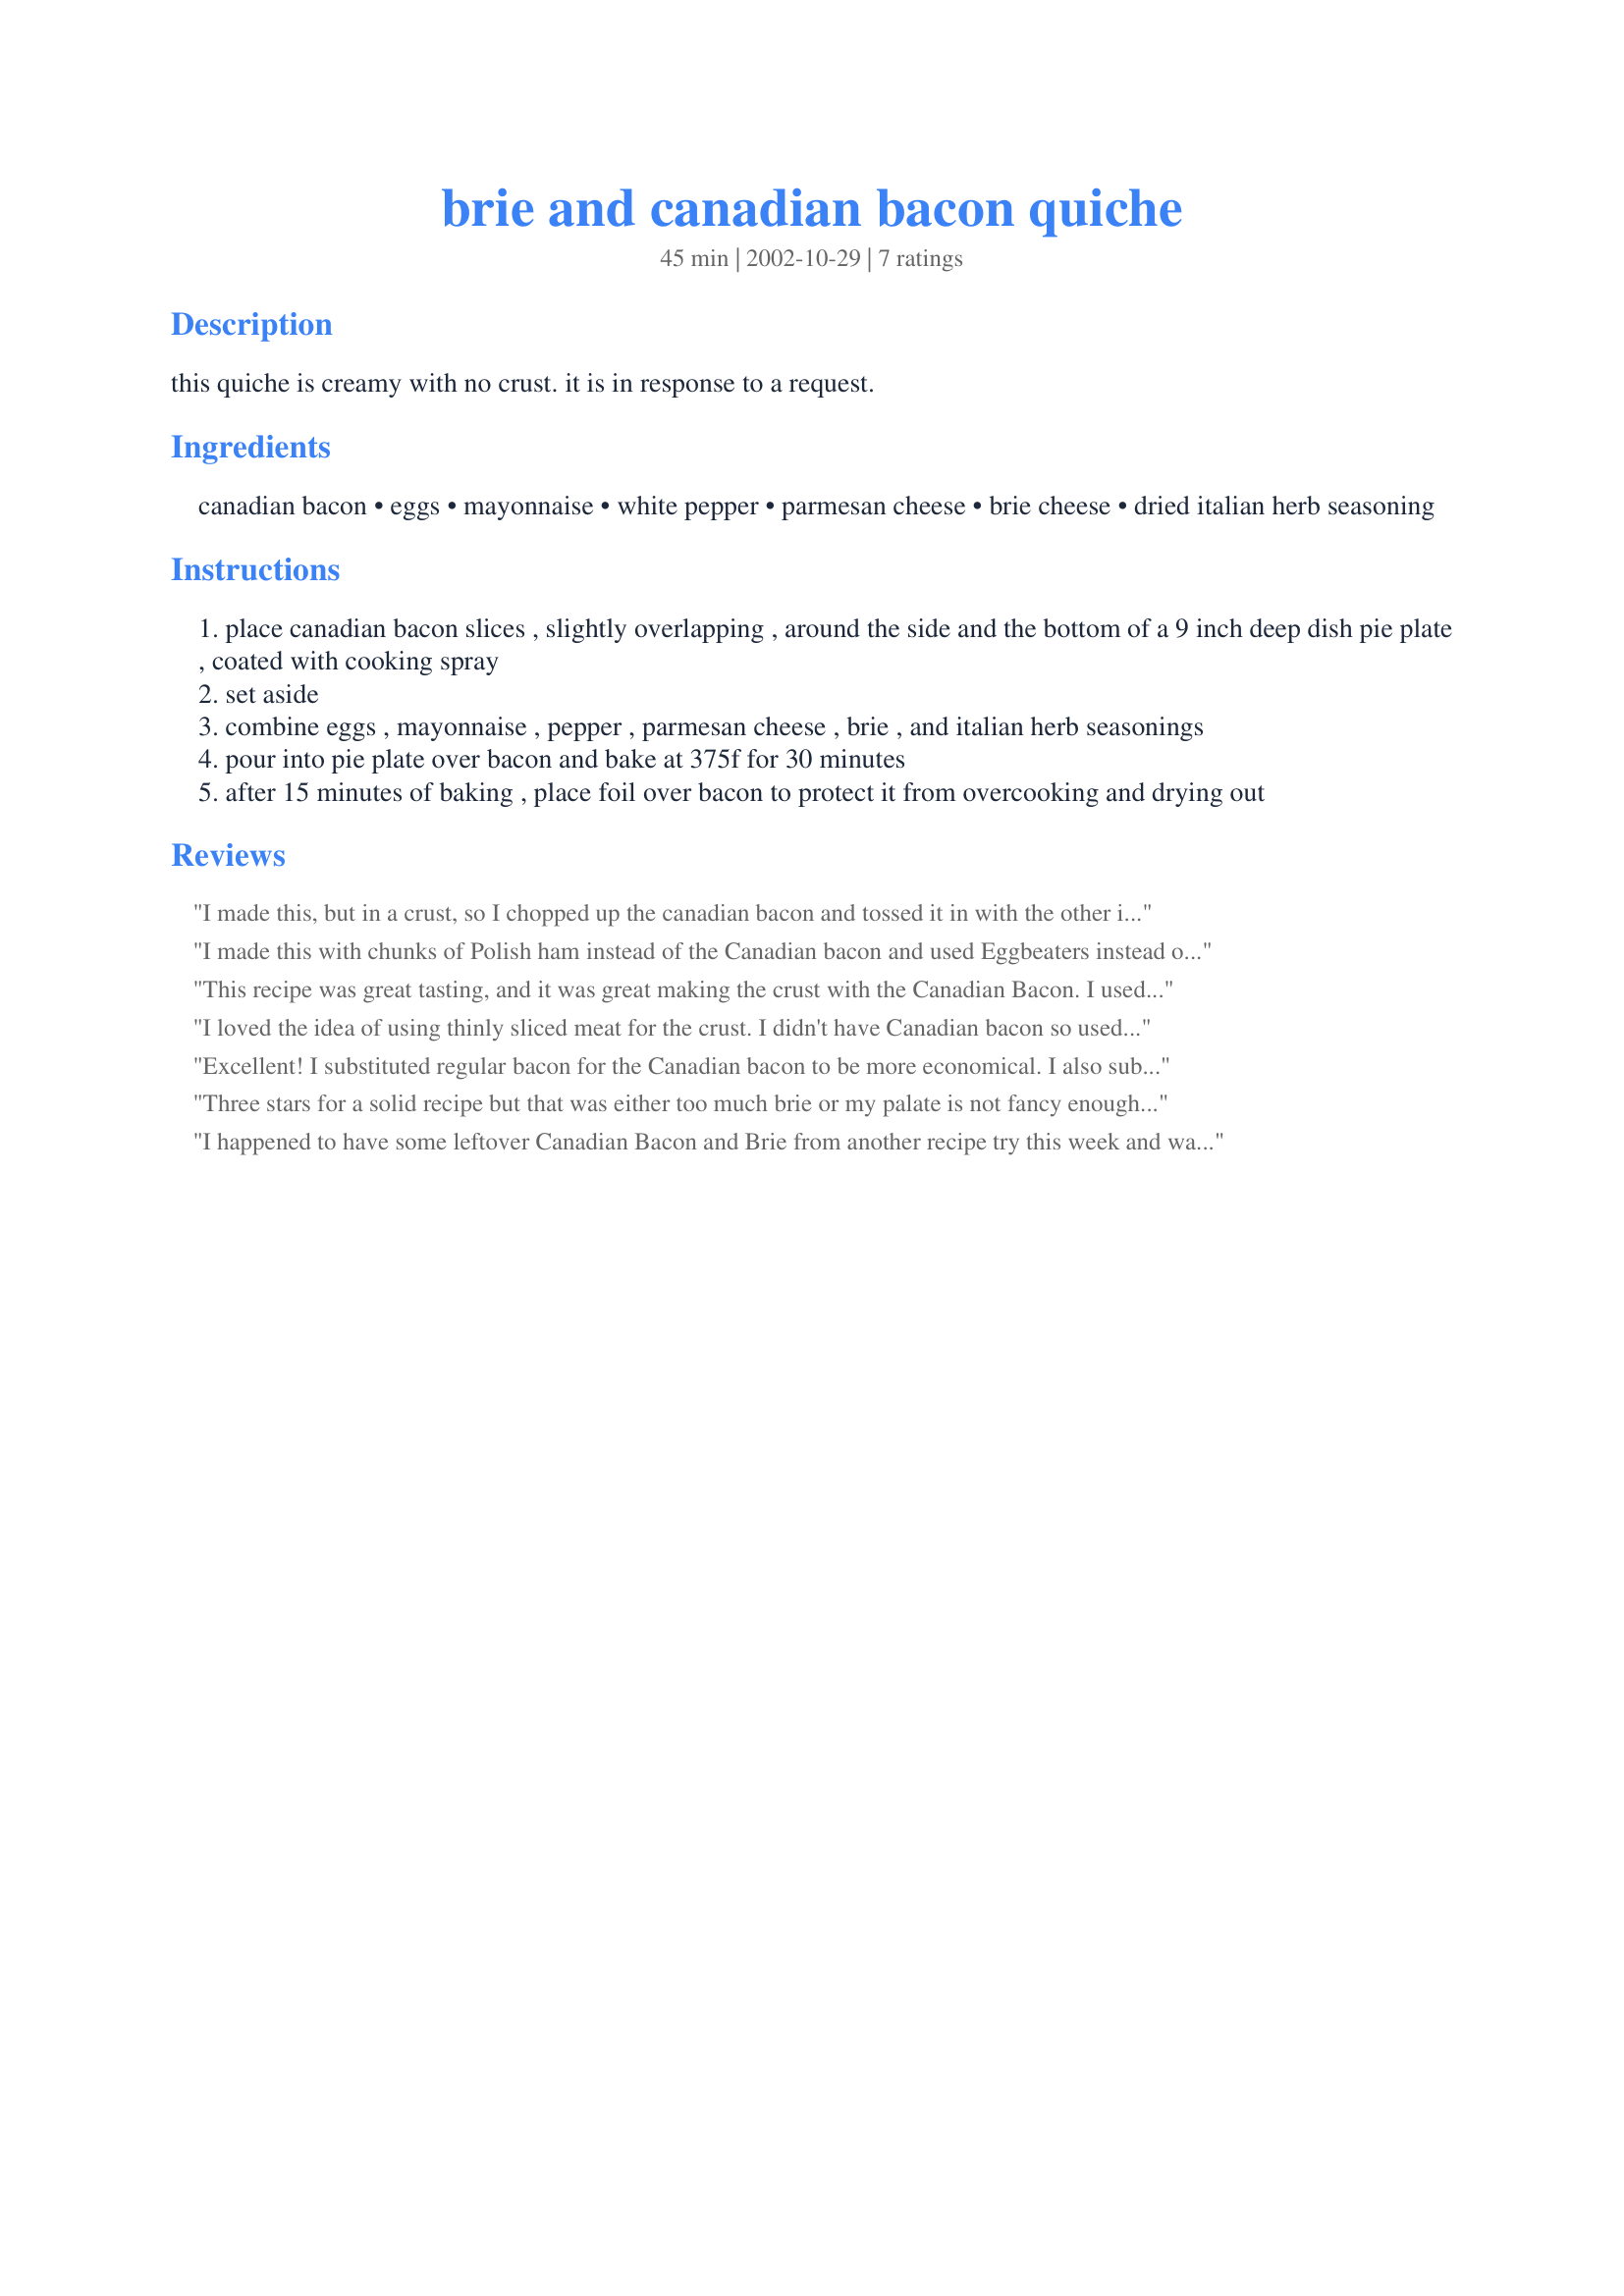
brie and canadian bacon quiche
Preparation time: 45 minutes

this quiche is creamy with no crust. it is in response to a request.

Ingredients:
canadian bacon, eggs, mayonnaise, white pepper, parmesan cheese, brie cheese, dried italian herb seasoning

Steps:
place canadian bacon slices , slightly overlapping , around the side and the bottom of a 9 inch deep dish pie plate , coated with cooking spray
set aside
combine eggs , mayonnaise , pepper , parmesan cheese , brie , and italian herb seasonings
pour into pie plate over bacon and bake at 375f for 30 minutes
after 15 minutes of baking , place foil over bacon to protect it from overcooking and drying out

Reviews:
I made this, but in a crust, so I chopped up the canadian bacon and tossed it in with the other ingredients. A very manly quiche, very rich, very pretty. I used a French cheese called Couloummiers, a cousin to brie and found it much easier and less messy to break it up with my fingers than to cube with a knife. Very nice quiche.
I made this with chunks of Polish ham instead of the Canadian bacon and used Eggbeaters instead of eggs and 1/4 cup mayonnaise since I have to watch my cholesterol. Otherwise I left the recipe as is. We loved this. My husband, who doesn't usually have seconds of anything, asked for a second helping, so it must have been good!
This recipe was great tasting, and it was great making the crust with the Canadian Bacon. I used a smaller pie plate and used 8 pieces of Canadian Bacon; 5 eggs; 1/4 cup Miracle Whip; 1/4 cup Parmesan and 2 ozs. of Feta. Will definitely make this again.
I loved the idea of using thinly sliced meat for the crust. I didn't have Canadian bacon so used deli pastrami and otherwise followed the instructions. The quiche was delicious with a set center yet creamy taste. I was amazed that the meat/crust didn't get dried out but stayed moist and fork tender. Thanks for a great recipe. Next time I may add a little cooked sausage to the quiche, especially if serving to men.
Excellent! I substituted regular bacon for the Canadian bacon to be more economical. I also substituted feta for the brie cheese, since I already had feta in the house. It turned out great and looked beautiful -- perfectly browned. I plan on trying it again some time with brie. Definitely a keeper!
Three stars for a solid recipe but that was either too much brie or my palate is not fancy enough. Well I had never had brie before and I thought this would be delicious, given the parmesean and canadian bacon, but the brie was way too overpowering and made the whole thing taste sour. and not a good sour. next time i will leave out the brie and use parmesean and asiago, since i know those two cheeses go well together and have a sharper taste instead of sour
I happened to have some leftover Canadian Bacon and Brie from another recipe try this week and was looking for a recipe to use it in. This fit the bill, with the exact amount I had leftover. I liked the idea of the crust, but was kind of iffy on the whole brie thing. Maybe I just don't like the flavor of brie, or maybe I did not mix it enough, but the taste was a bit too strong. I would probably try this idea again with other meats and cheeses. Thanks so much!
